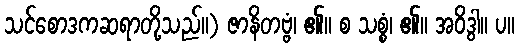
သင်စောဒကဆရာတို့သည်။) ဇာနိတဗ္ဗံ၊ ၏။ စ သစ္စံ၊ ၏။ အဝိဒွါ။ ပ။